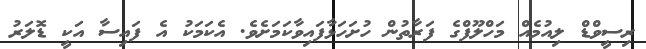
ރިސީވްޑް ލިއުމެއް މަހްލޫފްގެ ފަރާތުން ހުށަހަޅާފައިވާކަމަށެވެ. އެކަމަކު އެ ފައިސާ އަކީ ޑޮލަރު